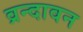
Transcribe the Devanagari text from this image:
व्रन्दावन